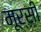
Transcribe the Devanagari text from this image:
मूर्सी